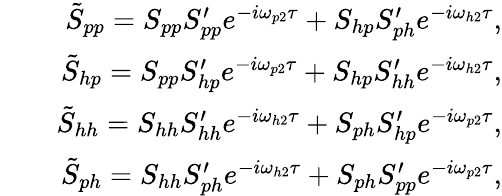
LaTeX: \begin{array}{rlr}&{}&{\tilde{S}_{pp}=S_{pp}S_{pp}^{\prime}e^{-i\omega_{p2}\tau}+S_{hp}S_{ph}^{\prime}e^{-i\omega_{h2}\tau},}\\ &{}&{\tilde{S}_{hp}=S_{pp}S_{hp}^{\prime}e^{-i\omega_{p2}\tau}+S_{hp}S_{hh}^{\prime}e^{-i\omega_{h2}\tau},}\\ &{}&{\tilde{S}_{hh}=S_{hh}S_{hh}^{\prime}e^{-i\omega_{h2}\tau}+S_{ph}S_{hp}^{\prime}e^{-i\omega_{p2}\tau},}\\ &{}&{\tilde{S}_{ph}=S_{hh}S_{ph}^{\prime}e^{-i\omega_{h2}\tau}+S_{ph}S_{pp}^{\prime}e^{-i\omega_{p2}\tau},}\end{array}